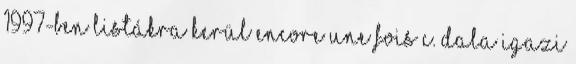
1997-ben listákra kerül Encore Une Fois c. dala igazi